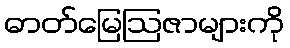
ဓာတ်မြေဩဇာများကို